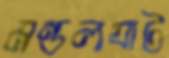
মন্ডলঘাট